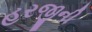
હરજીની